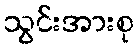
သွင်းအားစု